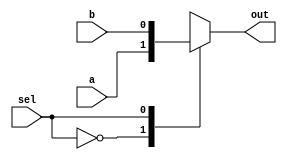
module top_module( 
    input a, b, sel,
    output out ); 

    always @(*) begin
        case (sel)
            0: out = a; // do not use "assign" keyword here
            1: out = b;
        endcase
    end

endmodule